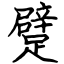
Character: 躄